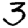
Digit: 3